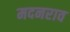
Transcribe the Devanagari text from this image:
मदनराव